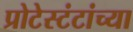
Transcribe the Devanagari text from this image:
प्रोटेस्टंटांच्या